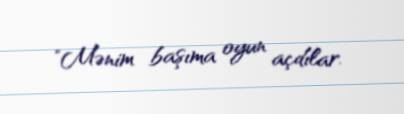
"Mənim başıma oyun açdılar.